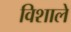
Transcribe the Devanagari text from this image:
विशाले